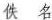
佚名